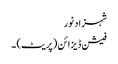
شہزاد نور
فیشن ڈیزائن (پریٹ) ۔